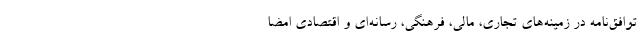
توافق‌نامه در زمینه‌های تجاری، مالی، فرهنگی، رسانه‌ای و اقتصادی امضا